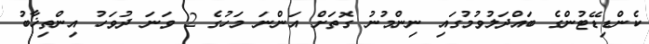
ކެންޑިޑޭޓުންގެ ބައްދަލުވުމުގައި ނިންމުނު ގޮތަށް އަންނަ މަހުގެ 2 ވަނަ ދުވަހު އިންތިޚާބު